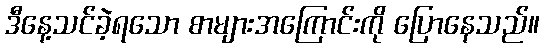
ဒီနေ့သင်ခဲ့ရသော စာများအကြောင်းကို ပြောနေသည်။